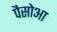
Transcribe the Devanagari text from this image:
पैसोआ